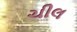
ચીલ